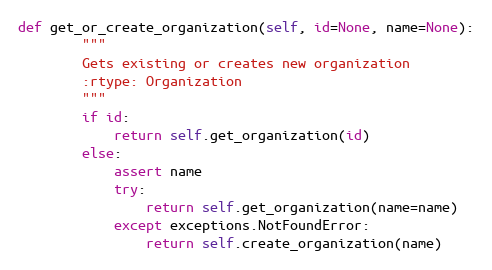
Language: Python
def get_or_create_organization(self, id=None, name=None):
        """
        Gets existing or creates new organization
        :rtype: Organization
        """
        if id:
            return self.get_organization(id)
        else:
            assert name
            try:
                return self.get_organization(name=name)
            except exceptions.NotFoundError:
                return self.create_organization(name)